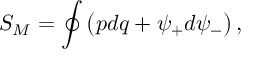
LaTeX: S _ { M } = \oint \left( p d q + \psi _ { + } d \psi _ { - } \right) ,